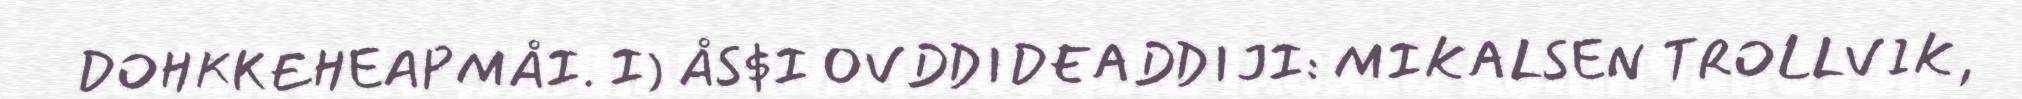
DOHKKEHEAPMÅI. I) ÅS$I OVDDIDEADDIJI: MIKALSEN TROLLVIK,